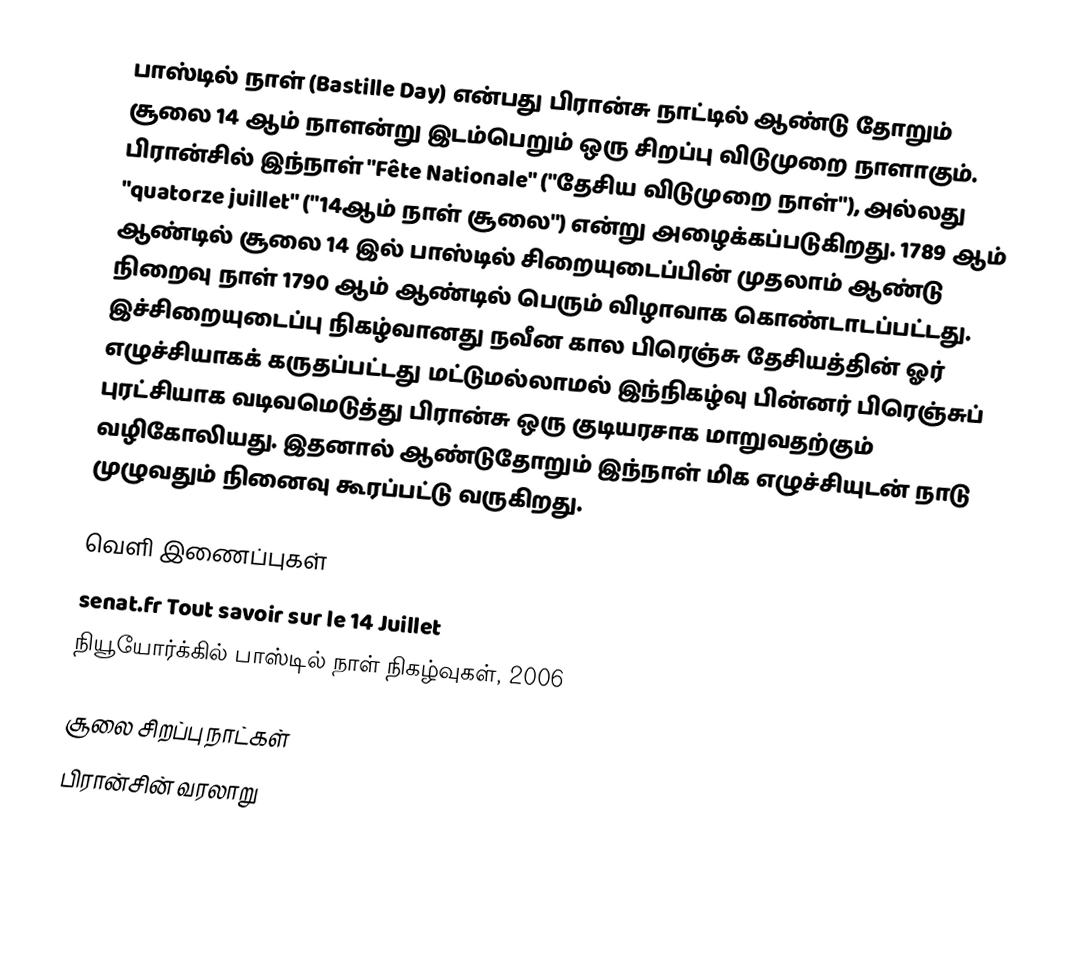
பாஸ்டில் நாள் (Bastille Day) என்பது பிரான்சு நாட்டில் ஆண்டு தோறும் சூலை 14 ஆம் நாளன்று இடம்பெறும் ஒரு சிறப்பு விடுமுறை நாளாகும். பிரான்சில் இந்நாள் "Fête Nationale" ("தேசிய விடுமுறை நாள்"), அல்லது "quatorze juillet" ("14ஆம் நாள் சூலை") என்று அழைக்கப்படுகிறது. 1789 ஆம் ஆண்டில் சூலை 14 இல் பாஸ்டில் சிறையுடைப்பின் முதலாம் ஆண்டு நிறைவு நாள் 1790 ஆம் ஆண்டில் பெரும் விழாவாக கொண்டாடப்பட்டது. இச்சிறையுடைப்பு நிகழ்வானது நவீன கால பிரெஞ்சு தேசியத்தின் ஓர் எழுச்சியாகக் கருதப்பட்டது மட்டுமல்லாமல் இந்நிகழ்வு பின்னர் பிரெஞ்சுப் புரட்சியாக வடிவமெடுத்து பிரான்சு ஒரு குடியரசாக மாறுவதற்கும் வழிகோலியது. இதனால் ஆண்டுதோறும் இந்நாள் மிக எழுச்சியுடன் நாடு முழுவதும் நினைவு கூரப்பட்டு வருகிறது.

வெளி இணைப்புகள்
 senat.fr  Tout savoir sur le 14 Juillet
 நியூயோர்க்கில் பாஸ்டில் நாள் நிகழ்வுகள், 2006

சூலை சிறப்பு நாட்கள்
பிரான்சின் வரலாறு